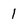
Character: 1